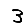
Digit: 3